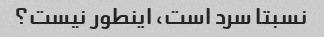
نسبتا سرد است، اینطور نیست؟